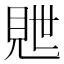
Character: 𬡽